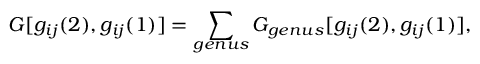
G [ g _ { i j } ( 2 ) , g _ { i j } ( 1 ) ] = \sum _ { g e n u s } G _ { g e n u s } [ g _ { i j } ( 2 ) , g _ { i j } ( 1 ) ] ,